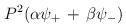
LaTeX: \begin{align*}P^{2}(\alpha\psi_{+} \,+\, \beta\psi_{-})\end{align*}